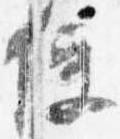
便